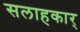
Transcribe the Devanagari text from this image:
सलाहकार्